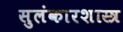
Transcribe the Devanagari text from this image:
सुलंकारशास्त्र